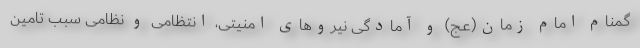
گمنام امام زمان(عج) و آمادگی نیروهای امنیتی، انتظامی و نظامی سبب تامین